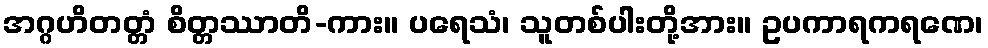
အဂ္ဂဟိတတ္တံ စိတ္တဿာတိ-ကား။ ပရေသံ၊ သူတစ်ပါးတို့အား။ ဥပကာရကရဏေ၊